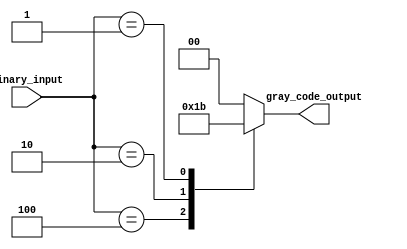
module gray_code_priority_encoder (
    input [3:0] binary_input,
    output reg [1:0] gray_code_output
);

always @ (*) begin
    case (binary_input)
        4'b1000: gray_code_output = 2'b00; // MSB at position 4
        4'b0100: gray_code_output = 2'b01; // MSB at position 3
        4'b0010: gray_code_output = 2'b10; // MSB at position 2
        4'b0001: gray_code_output = 2'b11; // MSB at position 1
        default: gray_code_output = 2'b00;
    endcase
end

endmodule